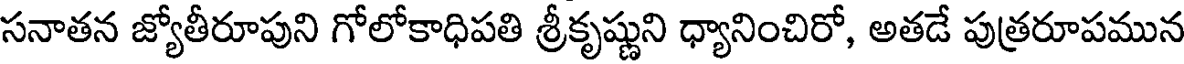
సనాతన జ్యోతీరూపుని గోలోకాధిపతి శ్రీకృష్ణుని ధ్యానించిరో, అతడే పుత్రరూపమున